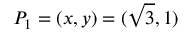
P _ { 1 } = ( x , y ) = ( { \sqrt { 3 } } , 1 )